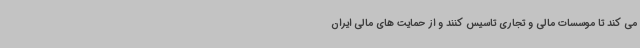
می کند تا موسسات مالی و تجاری تاسیس کنند و از حمایت های مالی ایران